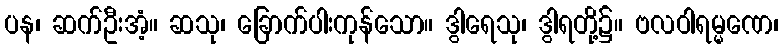
ပန၊ ဆက်ဦးအံ့။ ဆသု၊ ခြောက်ပါးကုန်သော။ ဒွါရေသု၊ ဒွါရတို့၌။ ဗလဝါရမ္မဏေ၊